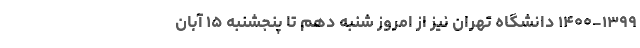
۱۴۰۰-۱۳۹۹ دانشگاه تهران نیز از امروز شنبه دهم تا پنجشنبه ۱۵ آبان